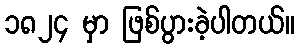
၁၈၂၄ မှာ ဖြစ်ပွားခဲ့ပါတယ်။